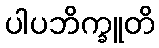
ပါပဘိက္ခူတိ